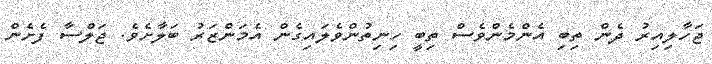
ޖަހާލިއިރު ދެން ތިބި އެންމެންވެސް ތިބީ ހިނިތުންވެލައިގެން އެމަންޒަރު ބަލާށެވެ. ޖަލްސާ ފެށެން